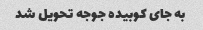
به جای کوبیده جوجه تحویل شد